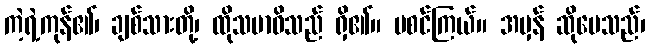
ကဲ့ရဲ့ကုန်၏၊ ချစ်သားတို့၊ ထိုသမာဓိသည် ရှိ၏။ မစင်ကြယ်။ အမှန် ဆိုပေသည်၊